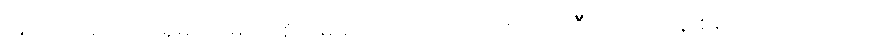
အလုံအလောက်ရှိမလာမှာကိုစိုးရိမ်မိတယ်လို့ ကျောင်းဆရာ ဦးကျော်သိန်းစိုး က ပြောပါတယ်။